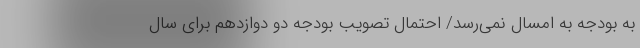
به بودجه به امسال نمی‌رسد/ احتمال تصویب بودجه دو دوازدهم برای سال